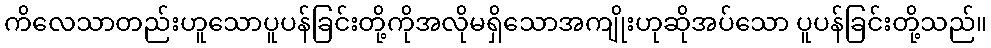
ကိလေသာတည်းဟူသောပူပန်ခြင်းတို့ကိုအလိုမရှိသောအကျိုးဟုဆိုအပ်သော ပူပန်ခြင်းတို့သည်။